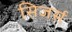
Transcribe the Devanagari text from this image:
सिजर्स